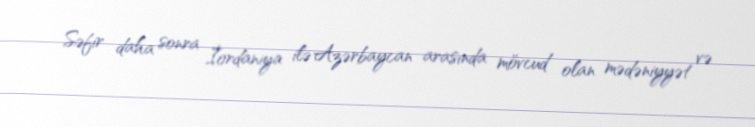
Səfir daha sonra İordaniya ilə Azərbaycan arasında mövcud olan mədəniyyət və